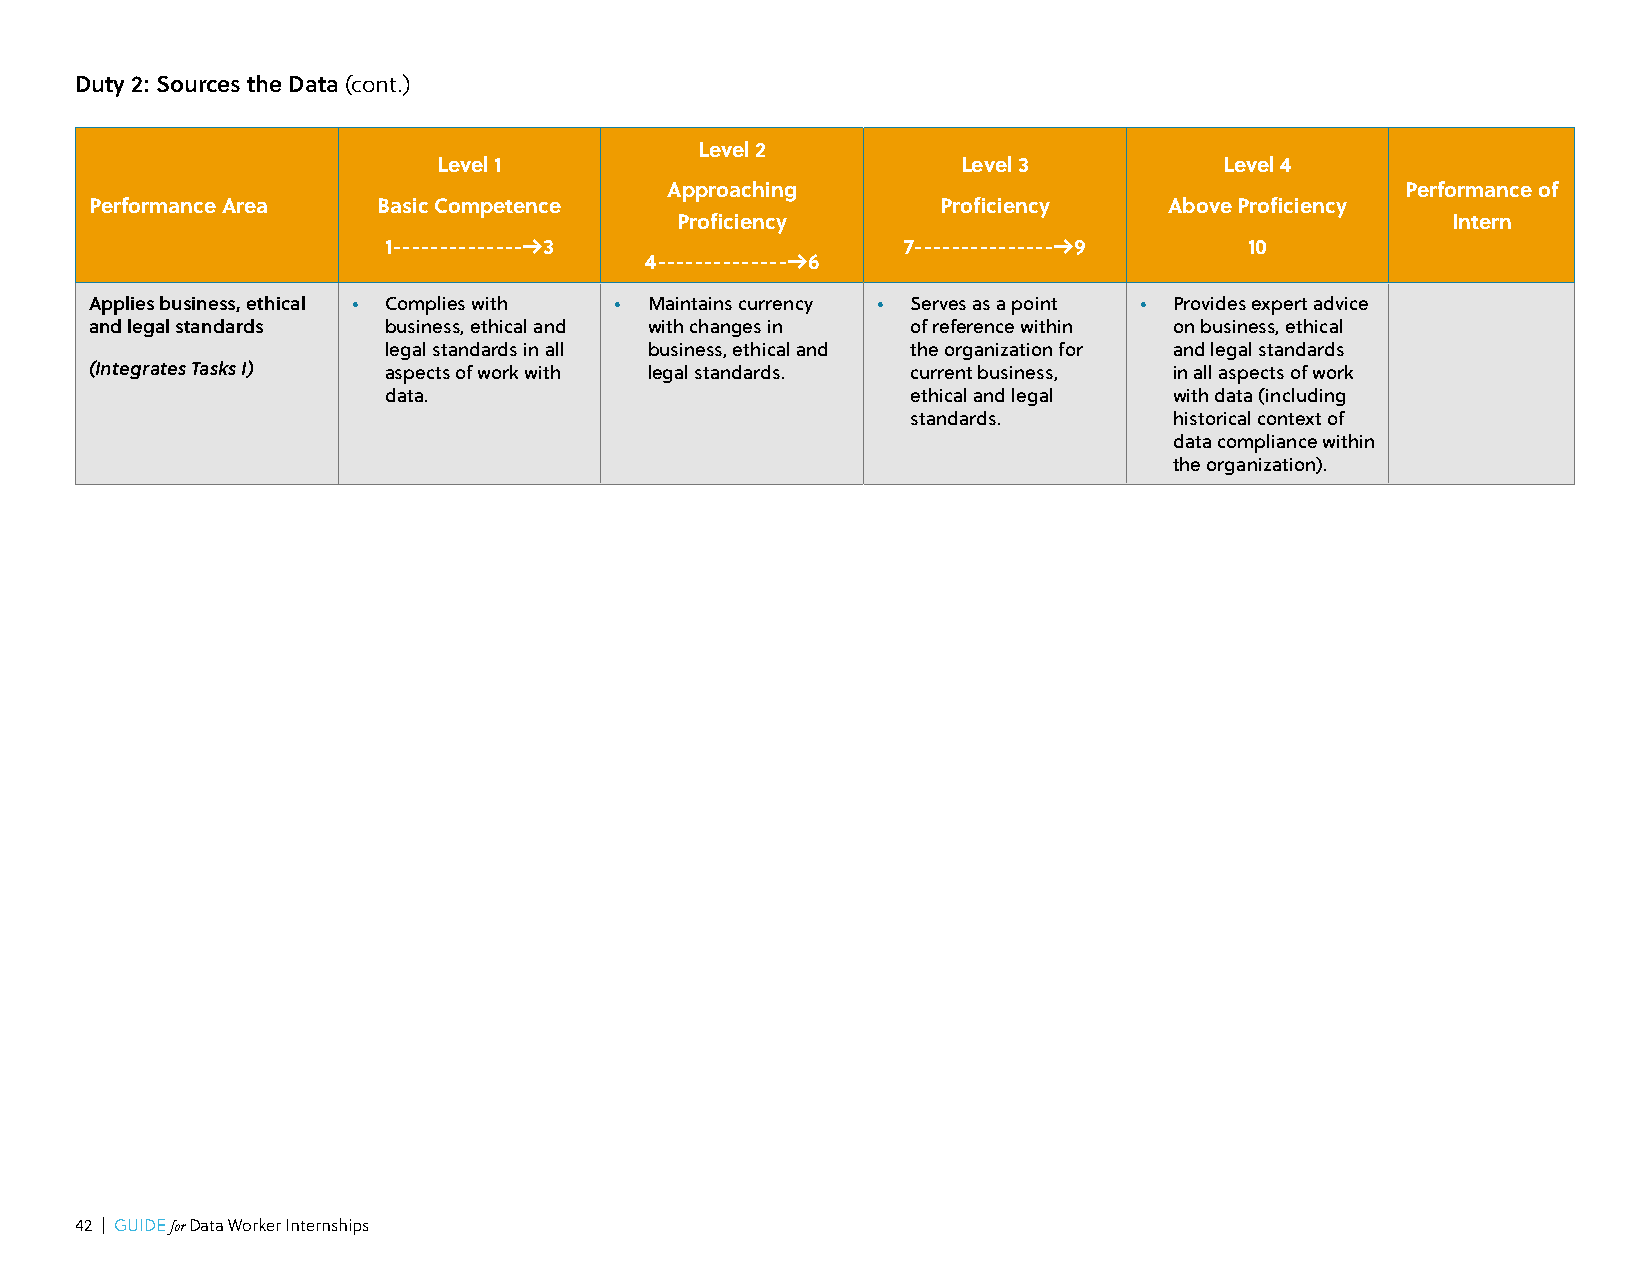
Duty 2: Sources the Data (cont.)
 Level 2
 Level 1                            Level 3          Level 4
 Approaching                                      Performance of
 Performance Area   Basic Competence                     Proficiency    Above Proficiency
 Proficiency                                        Intern
 1--------------->3                 7---------------->9    10
 4--------------->6
 Applies business, ethical • Complies with • Maintains currency • Serves as a point • Provides expert advice
 and legal standards business, ethical and with changes in of reference within on business, ethical
 legal standards in all business, ethical and the organization for and legal standards
 (Integrates Tasks I) aspects of work with legal standards. current business, in all aspects of work
 data.                              ethical and legal with data (including
 standards.        historical context of
 data compliance within
 the organization).
 42 | GUIDE for Data Worker Internships